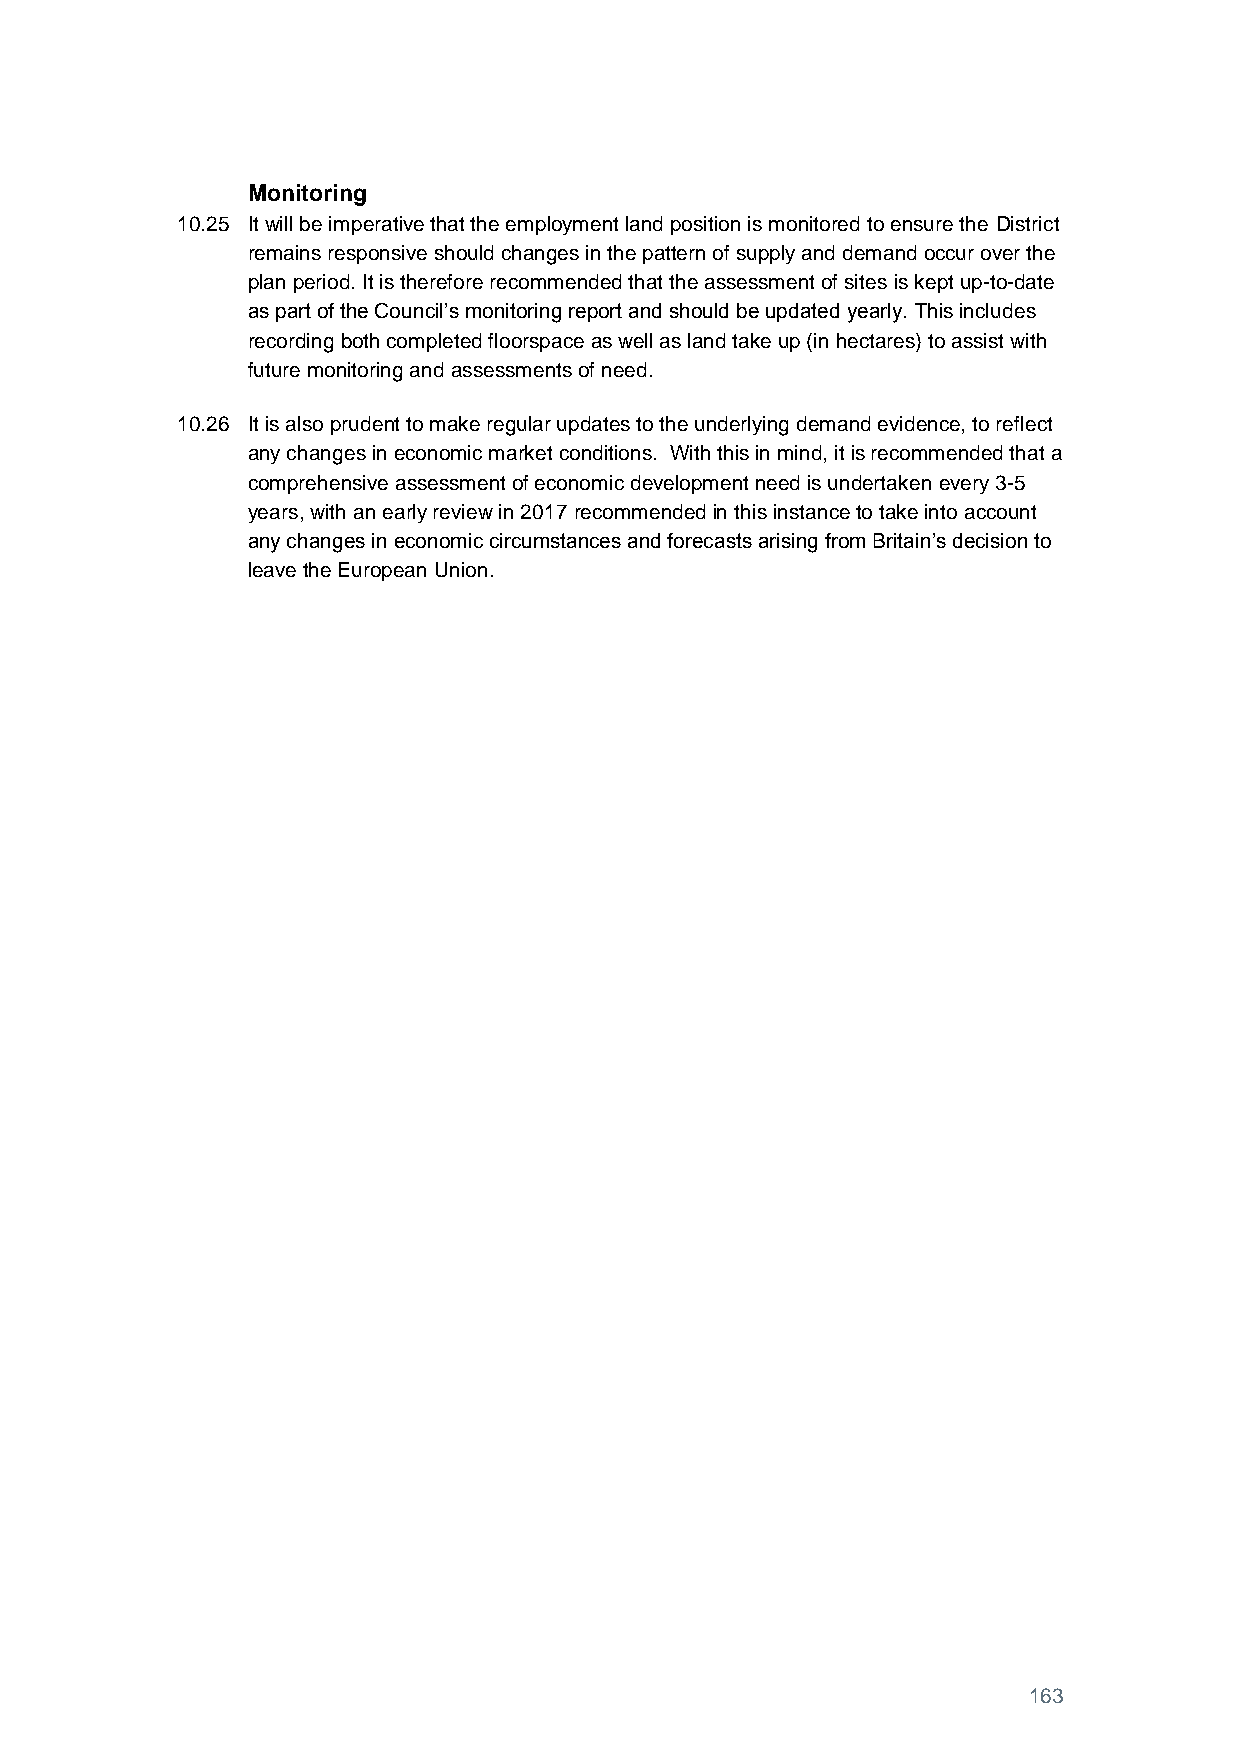
Monitoring
 10.25 It will be imperative that the employment land position is monitored to ensure the District
 remains responsive should changes in the pattern of supply and demand occur over the
 plan period. It is therefore recommended that the assessment of sites is kept up-to-date
 as part of the Council’s monitoring report and should be updated yearly. This includes
 recording both completed floorspace as well as land take up (in hectares) to assist with
 future monitoring and assessments of need.
 10.26 It is also prudent to make regular updates to the underlying demand evidence, to reflect
 any changes in economic market conditions. With this in mind, it is recommended that a
 comprehensive assessment of economic development need is undertaken every 3-5
 years, with an early review in 2017 recommended in this instance to take into account
 any changes in economic circumstances and forecasts arising from Britain’s decision to
 leave the European Union.
 163